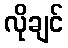
လိုချင်